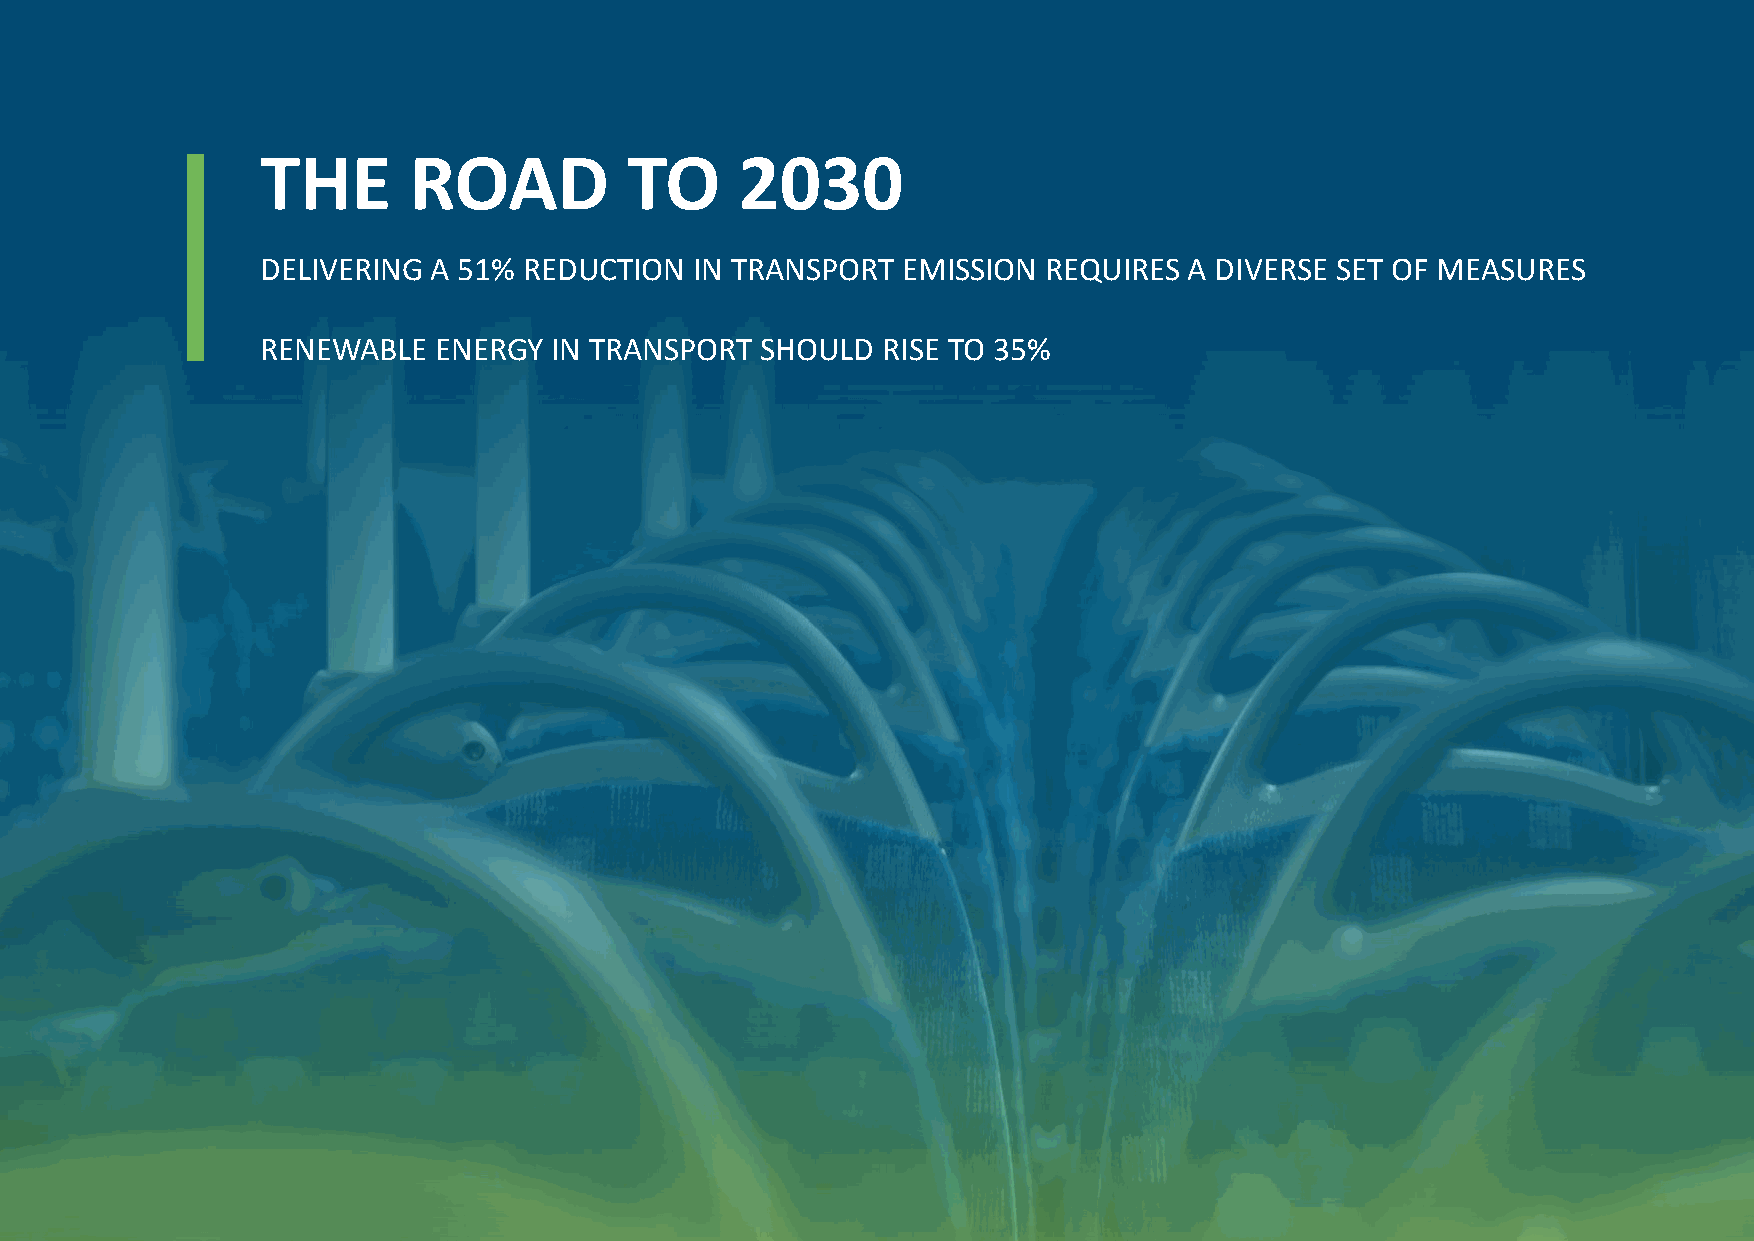
THE       ROAD           TO     2030
 DELIVERING  A 51% REDUCTION  IN TRANSPORT  EMISSION REQUIRES  A DIVERSE SET OF MEASURES
 RENEWABLE   ENERGY  IN TRANSPORT SHOULD  RISE TO 35%